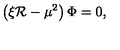
\left( \xi \mathcal { R } - \mu ^ { 2 } \right) \Phi = 0 ,